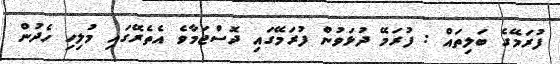
ފުރަމޭގެ ބަލިތައް : ފުރަމޭ ދުޅަވުން ފުރަމޭގައި ދޮސްޖަމާވެ އެތެރޭގައި މުލިހި ހެދުން